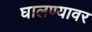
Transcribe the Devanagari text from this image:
घालण्यावर